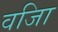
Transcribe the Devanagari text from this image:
वजिा